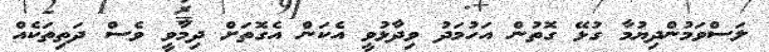
ލަސްވަމުންދިޔުމާ ގުޅޭ ގޮތުން އަހުމަދު ވިދާޅުވީ އެކަން އެގޮތަށް ދިމާވީ ވެސް ދަތިތަކެއް